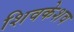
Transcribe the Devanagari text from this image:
शिवकेशव